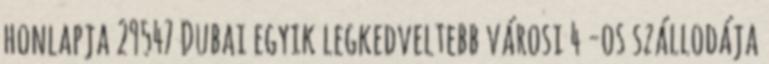
honlapja 29547 Dubai egyik legkedveltebb városi 4 -os szállodája